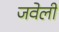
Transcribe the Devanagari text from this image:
जवेली